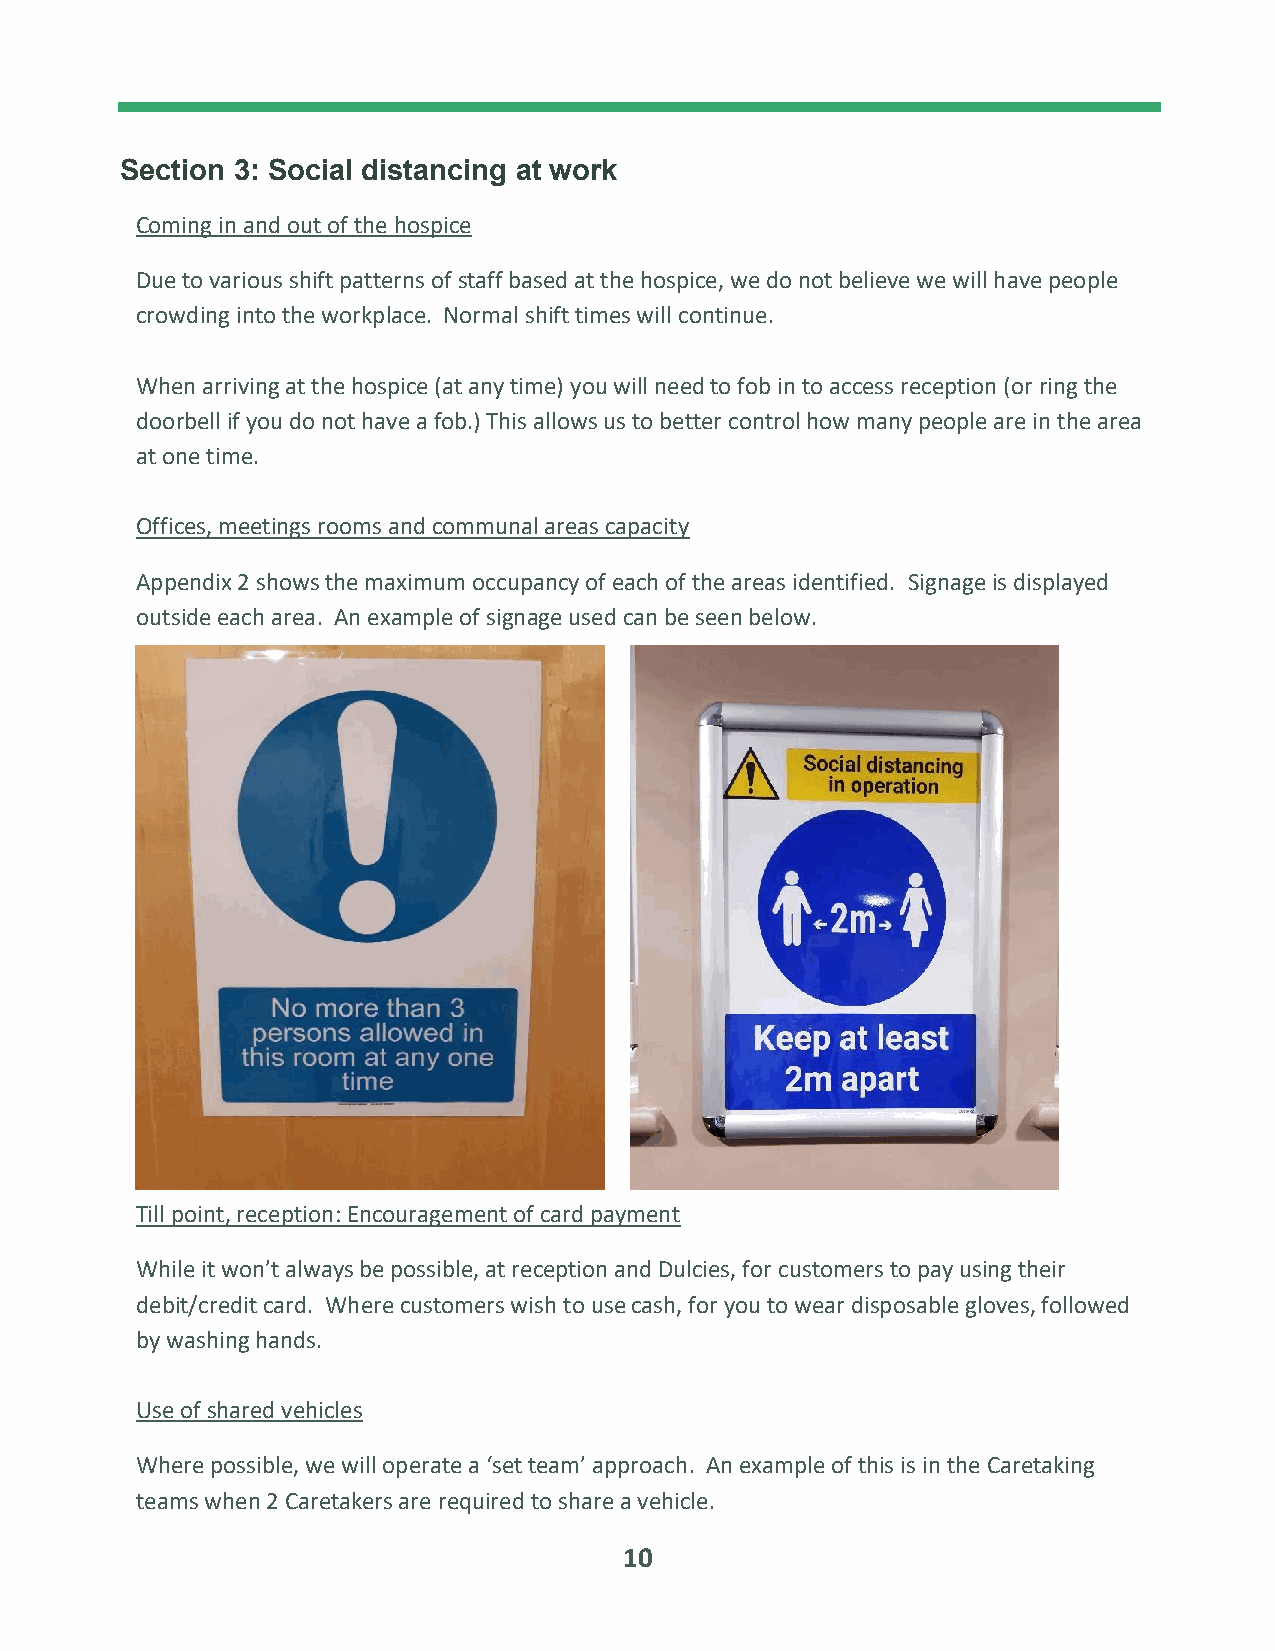
Section 3: Social distancing at work
 Coming in and out of the hospice
 Due to various shift patterns of staff based at the hospice, we do not believe we will have people
 crowding into the workplace. Normal shift times will continue.
 When arriving at the hospice (at any time) you will need to fob in to access reception (or ring the
 doorbell if you do not have a fob.) This allows us to better control how many people are in the area
 at one time.
 Offices, meetings rooms and communal areas capacity
 Appendix 2 shows the maximum occupancy of each of the areas identified. Signage is displayed
 outside each area. An example of signage used can be seen below.
 Till point, reception: Encouragement of card payment
 While it won’t always be possible, at reception and Dulcies, for customers to pay using their
 debit/credit card. Where customers wish to use cash, for you to wear disposable gloves, followed
 by washing hands.
 Use of shared vehicles
 Where possible, we will operate a ‘set team’ approach. An example of this is in the Caretaking
 teams when 2 Caretakers are required to share a vehicle.
 10